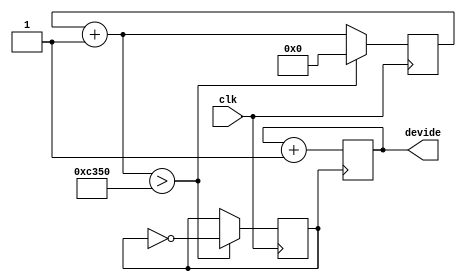
`timescale 1ns / 1ps
// by 
module eight_devide(clk,devide);
 input clk;
 output reg [2:0]devide;
 
 reg [31:0]count;
 reg clk_M;
initial begin
count=0;
devide=3'h0;
clk_M=0;
end
 
always @ (posedge clk) begin
    count = count + 1;
    if(count > 50000)  begin
        clk_M = ~clk_M;
        count = 0;
    end
end 
 
   
always @(posedge clk_M)  begin    //      
	devide=devide+1;
	end
endmodule